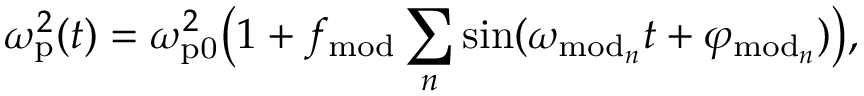
\omega _ { \mathrm { p } } ^ { 2 } ( t ) = \omega _ { \mathrm { p 0 } } ^ { 2 } \big ( 1 + f _ { \mathrm { m o d } } \sum _ { n } \sin ( \omega _ { \mathrm { m o d } _ { n } } t + \varphi _ { \mathrm { m o d } _ { n } } ) \big ) ,